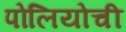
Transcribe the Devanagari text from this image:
पोलियोची